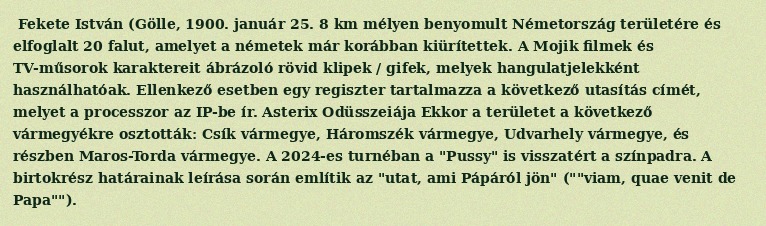
Fekete István (Gölle, 1900. január 25. 8 km mélyen benyomult Németország területére és elfoglalt 20 falut, amelyet a németek már korábban kiürítettek. A Mojik filmek és TV-műsorok karaktereit ábrázoló rövid klipek / gifek, melyek hangulatjelekként használhatóak. Ellenkező esetben egy regiszter tartalmazza a következő utasítás címét, melyet a processzor az IP-be ír. Asterix Odüsszeiája Ekkor a területet a következő vármegyékre osztották: Csík vármegye, Háromszék vármegye, Udvarhely vármegye, és részben Maros-Torda vármegye. A 2024-es turnéban a "Pussy" is visszatért a színpadra. A birtokrész határainak leírása során említik az "utat, ami Pápáról jön" (""viam, quae venit de Papa"").